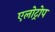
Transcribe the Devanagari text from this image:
एलोट्रोप